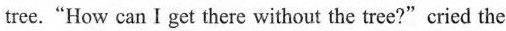
tree."How can I get there without the tree?"cried the